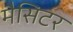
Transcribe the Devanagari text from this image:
मैसिटर